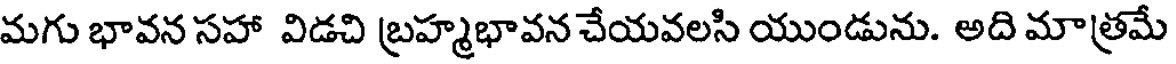
మగు భావన సహా విడచి బ్రహ్మభావన చేయవలసి యుండును. అది మాత్రమే